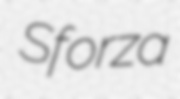
Sforza